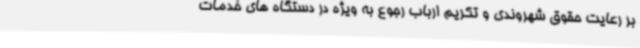
بر رعایت حقوق شهروندی و تکریم ارباب رجوع به ویژه در دستگاه های خدمات